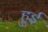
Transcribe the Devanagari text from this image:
हुुई